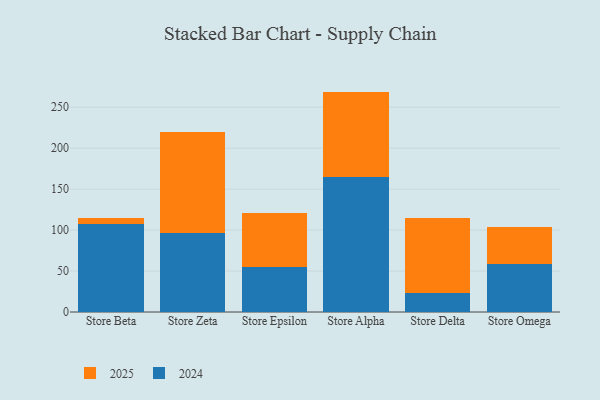
{"axis": {"x": "Store", "y": "Waste Production (Tons)"}, "legend": ["2024", "2025"], "data": [{"x": "Store Beta", "y": 6.7, "type": "2025"}, {"x": "Store Beta", "y": 107.7, "type": "2024"}, {"x": "Store Zeta", "y": 123.5, "type": "2025"}, {"x": "Store Zeta", "y": 96.0, "type": "2024"}, {"x": "Store Epsilon", "y": 66.0, "type": "2025"}, {"x": "Store Epsilon", "y": 54.8, "type": "2024"}, {"x": "Store Alpha", "y": 104.5, "type": "2025"}, {"x": "Store Alpha", "y": 164.6, "type": "2024"}, {"x": "Store Delta", "y": 91.9, "type": "2025"}, {"x": "Store Delta", "y": 23.1, "type": "2024"}, {"x": "Store Omega", "y": 45.5, "type": "2025"}, {"x": "Store Omega", "y": 58.4, "type": "2024"}]}